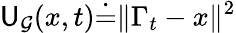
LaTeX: {\mathsf{U}_{\mathcal{{G}}}(x,t)\dot{{=}}\| \Gamma_{t}-x\| ^{2}}